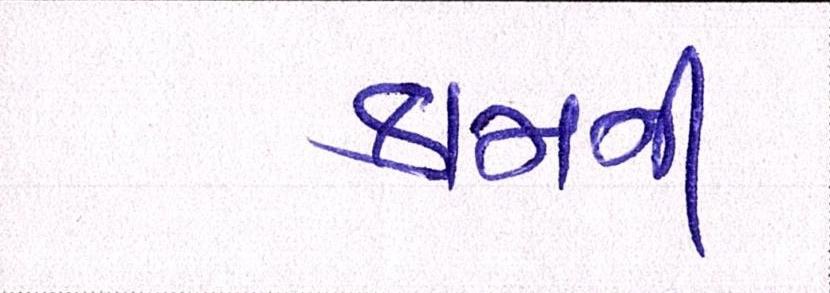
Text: કામની